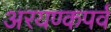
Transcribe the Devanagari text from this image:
अरयण्कपर्व